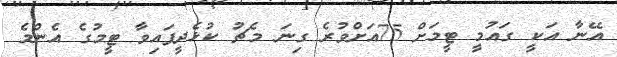
އޭނާ އަކީ ގައުމީ ޓީމަށް 75އަށްވުރެ ގިނަ މެޗު ކުޅެދީފައިވާ ޓީމުގެ އެންމެ